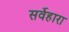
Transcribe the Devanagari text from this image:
सर्वेहारा